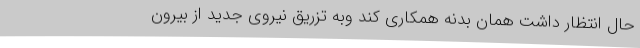
حال انتظار داشت همان بدنه همکاری کند وبه تزریق نیروی جدید از بیرون